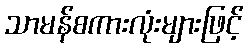
သာမန်စကားလုံးများဖြင့်